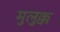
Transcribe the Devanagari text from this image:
मुलुक्क